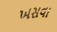
ખસવા